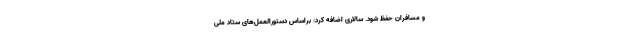
و مسافران حفظ شود. سالاری اضافه کرد: براساس دستورالعمل‌های ستاد ملی